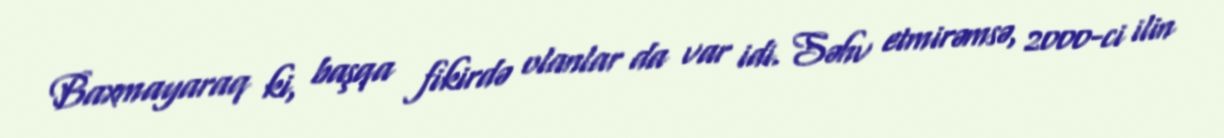
Baxmayaraq ki, başqa fikirdə olanlar da var idi. Səhv etmirəmsə, 2000-ci ilin